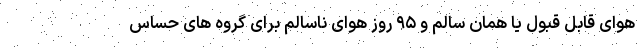
هوای قابل قبول یا همان سالم و ۹۵ روز هوای ناسالم برای گروه های حساس